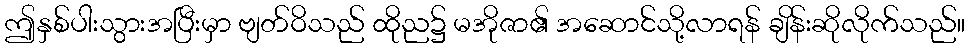
ဤနှစ်ပါးသွားအပြီးမှာ ဗျတ်ဝိသည် ထိုည၌ မအိုဇာ၏ အဆောင်သို့လာရန် ချိန်းဆိုလိုက်သည်။